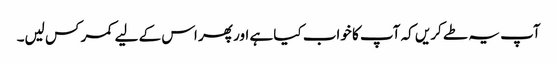
آپ یہ طے کریں کہ آپ کا خواب کیا ہے اور پھر اس کے لیے کمر کس لیں۔